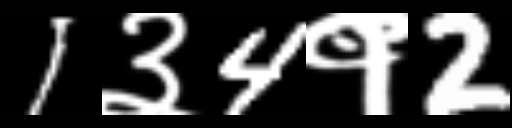
Text: 1३4१2